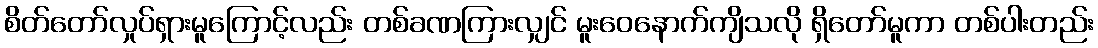
စိတ်တော်လှုပ်ရှားမူကြောင့်လည်း တစ်ခဏကြားလျှင် မူးဝေနောက်ကျိသလို ရှိတော်မူကာ တစ်ပါးတည်း